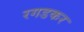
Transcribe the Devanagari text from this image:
रगडकर